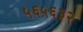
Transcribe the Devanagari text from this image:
५६५६३२